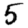
Digit: 5